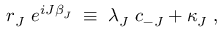
r _ { J } ~ e ^ { i J \beta _ { J } } \; \equiv \; \lambda _ { J } ~ c _ { - J } + \kappa _ { J } \; ,